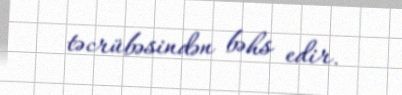
təcrübəsindən bəhs edir.